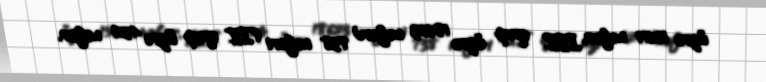
üzrə 15611 nəfər, III qrup üzrə 18623 nəfər) 738 nəfəri (II qrup üzrə 424 nəfər,